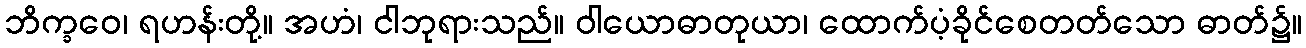
ဘိက္ခဝေ၊ ရဟန်းတို့။ အဟံ၊ ငါဘုရားသည်။ ဝါယောဓာတုယာ၊ ထောက်ပံ့ခိုင်စေတတ်သော ဓာတ်၌။